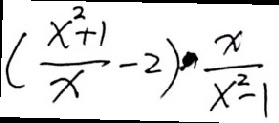
( \frac { x ^ { 2 } + 1 } { x } - 2 ) \cdot \frac { x } { x ^ { 2 } - 1 }